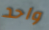
واحد